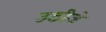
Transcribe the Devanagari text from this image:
उठीजे